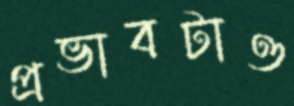
প্রভাবটাও